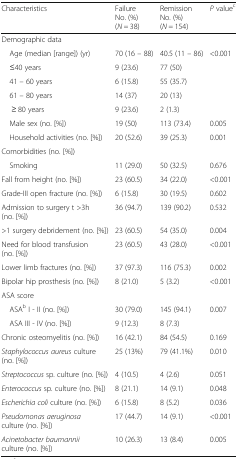
<table><thead><tr><td><b>Characteristics</b></td><td><b>Failure No. (%)(<i>N =</i> 38)</b></td><td><b>Remission No. (%)(<i>N =</i> 154)</b></td><td><b><i>P</i> value<sup>c</sup></b></td></tr></thead><tbody><tr><td colspan="4">Demographic data</td></tr><tr><td> Age (median [range]) (yr)</td><td>70 (16 – 88)</td><td>40.5 (11 – 86)</td><td>&lt;0.001</td></tr><tr><td> ≤40 years</td><td>9 (23.6)</td><td>77 (50)</td><td></td></tr><tr><td> 41 – 60 years</td><td>6 (15.8)</td><td>55 (35.7)</td><td></td></tr><tr><td> 61 – 80 years</td><td>14 (37)</td><td>20 (13)</td><td></td></tr><tr><td>≥ 80 years</td><td>9 (23.6)</td><td>2 (1.3)</td><td></td></tr><tr><td> Male sex (no. [%])</td><td>19 (50)</td><td>113 (73.4)</td><td>0.005</td></tr><tr><td> Household activities (no. [%])</td><td>20 (52.6)</td><td>39 (25.3)</td><td>0.001</td></tr><tr><td colspan="4">Comorbidities (no. [%])</td></tr><tr><td> Smoking</td><td>11 (29.0)</td><td>50 (32.5)</td><td>0.676</td></tr><tr><td>Fall from height (no. [%])</td><td>23 (60.5)</td><td>34 (22.0)</td><td>&lt;0.001</td></tr><tr><td>Grade-III open fracture (no. [%])</td><td>6 (15.8)</td><td>30 (19.5)</td><td>0.602</td></tr><tr><td>Admission to surgery t &gt;3h (no. [%])</td><td>36 (94.7)</td><td>139 (90.2)</td><td>0.532</td></tr><tr><td>&gt;1 surgery debridement (no. [%])</td><td>23 (60.5)</td><td>54 (35.0)</td><td>0.004</td></tr><tr><td>Need for blood transfusion (no. [%])</td><td>23 (60.5)</td><td>43 (28.0)</td><td>&lt;0.001</td></tr><tr><td>Lower limb fractures (no. [%])</td><td>37 (97.3)</td><td>116 (75.3)</td><td>0.002</td></tr><tr><td>Bipolar hip prosthesis (no. [%])</td><td>8 (21.0)</td><td>5 (3.2)</td><td>&lt;0.001</td></tr><tr><td colspan="4">ASA score</td></tr><tr><td> ASA<sup>b</sup> I - II (no. [%])</td><td>30 (79.0)</td><td>145 (94.1)</td><td rowspan="2">0.007</td></tr><tr><td> ASA III - IV (no. [%])</td><td>9 (12.3)</td><td>8 (7.3)</td></tr><tr><td>Chronic osteomyelitis (no. [%])</td><td>16 (42.1)</td><td>84 (54.5)</td><td>0.169</td></tr><tr><td><i>Staphylococcus aureus</i> culture (no. [%])</td><td>25 (13%)</td><td>79 (41.1%)</td><td>0.010</td></tr><tr><td><i>Streptococcus</i> sp. culture (no. [%])</td><td>4 (10.5)</td><td>4 (2.6)</td><td>0.051</td></tr><tr><td><i>Enterococcus</i> sp. culture (no. [%])</td><td>8 (21.1)</td><td>14 (9.1)</td><td>0.048</td></tr><tr><td><i>Escherichia coli</i> culture (no. [%])</td><td>6 (15.8)</td><td>8 (5.2)</td><td>0.036</td></tr><tr><td><i>Pseudomonas aeruginosa</i> culture (no. [%])</td><td>17 (44.7)</td><td>14 (9.1)</td><td>&lt;0.001</td></tr><tr><td><i>Acinetobacter baumannii</i> culture (no. [%])</td><td>10 (26.3)</td><td>13 (8.4)</td><td>0.005</td></tr></tbody></table>